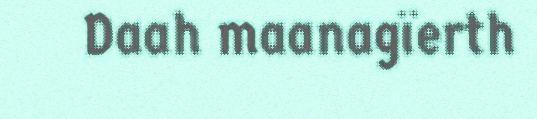
Daah maanagïerth